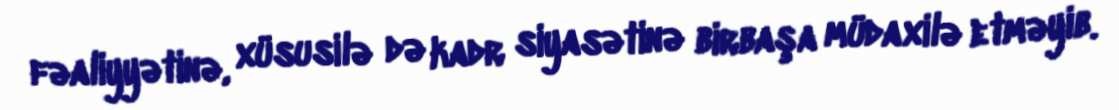
fəaliyyətinə, xüsusilə də kadr siyasətinə birbaşa müdaxilə etməyib.